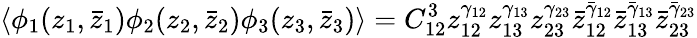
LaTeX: \langle\phi_{1}(z_{1},\bar{z}_{1})\phi_{2}(z_{2},\bar{z}_{2})\phi_{3}(z_{3},\bar{z}_{3})\rangle=C_{12}^{3}z_{12}^{\gamma_{12}}z_{13}^{\gamma_{13}}z_{23}^{\gamma_{23}}\bar{z}_{12}^{\bar{\gamma}_{12}}\bar{z}_{13}^{\bar{\gamma}_{13}}\bar{z}_{23}^{\bar{\gamma}_{23}}